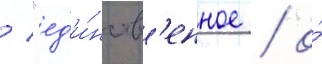
/ "ед'и́нств'енное / о́